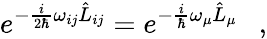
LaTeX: e^{-\frac{i}{2\hbar}\omega_{ij}\hat{L}_{ij}}=e^{-\frac{i}{\hbar}\omega_{\mu}\hat{L}_{\mu}}\ \ \ ,